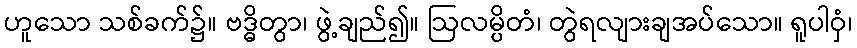
ဟူသော သစ်ခက်၌။ ဗဒ္ဓိတွာ၊ ဖွဲ့ချည်၍။ ဩလမ္ပိတံ၊ တွဲရလျားချအပ်သော။ ရူပါဝှံ၊